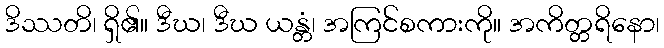
ဒိဿတိ၊ ရှိ၏။ ဒီဃ၊ ဒီဃ ယန္တံ၊ အကြင်စကားကို။ အကိတ္တရိနော၊